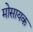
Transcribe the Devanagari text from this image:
मोसायक